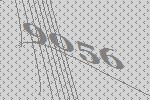
9056